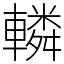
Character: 轔